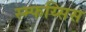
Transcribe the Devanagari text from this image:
स्म्फय्सिस